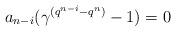
LaTeX: \begin{align*} a_{n-i}(\gamma^{(q^{n-i}-q^n)}-1)=0 \end{align*}